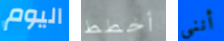
اليوم أخطط أنني